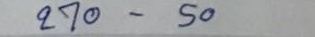
270 - 50